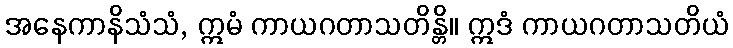
အနေကာနိသံသံ, ဣမံ ကာယဂတာသတိန္တိ။ ဣဒံ ကာယဂတာသတိယံ